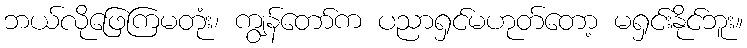
ဘယ်လိုဖြေကြမတုံး၊ ကျွန်တော်က ပညာရှင်မဟုတ်တော့ မရှင်းနိုင်ဘူး။